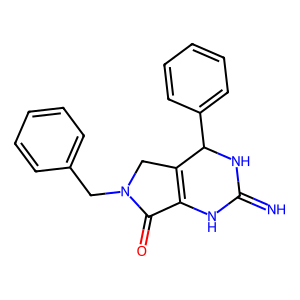
SMILES: N=C1NC2=C(CN(Cc3ccccc3)C2=O)C(c2ccccc2)N1
Inhibits HIV replication: No